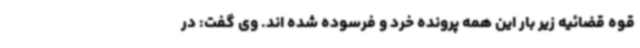
قوه قضائیه زیر بار این همه پرونده خرد و فرسوده شده اند. وی گفت: در